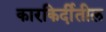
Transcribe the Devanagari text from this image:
कारकिर्दीतील